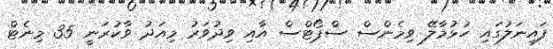
ފައިނަލުގައި ހުޅުމާލޭ ވިމެންސް ސްޕޯޓްސް އާއި ވިދުވަރު މިއަދު ވާކުރަނީ 35 މިނެޓް